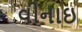
વીનાઇ